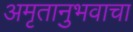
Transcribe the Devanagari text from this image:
अमृतानुभवाचा